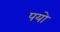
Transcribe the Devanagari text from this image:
पयो